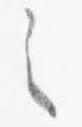
之